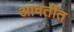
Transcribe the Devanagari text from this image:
आवर्तीत